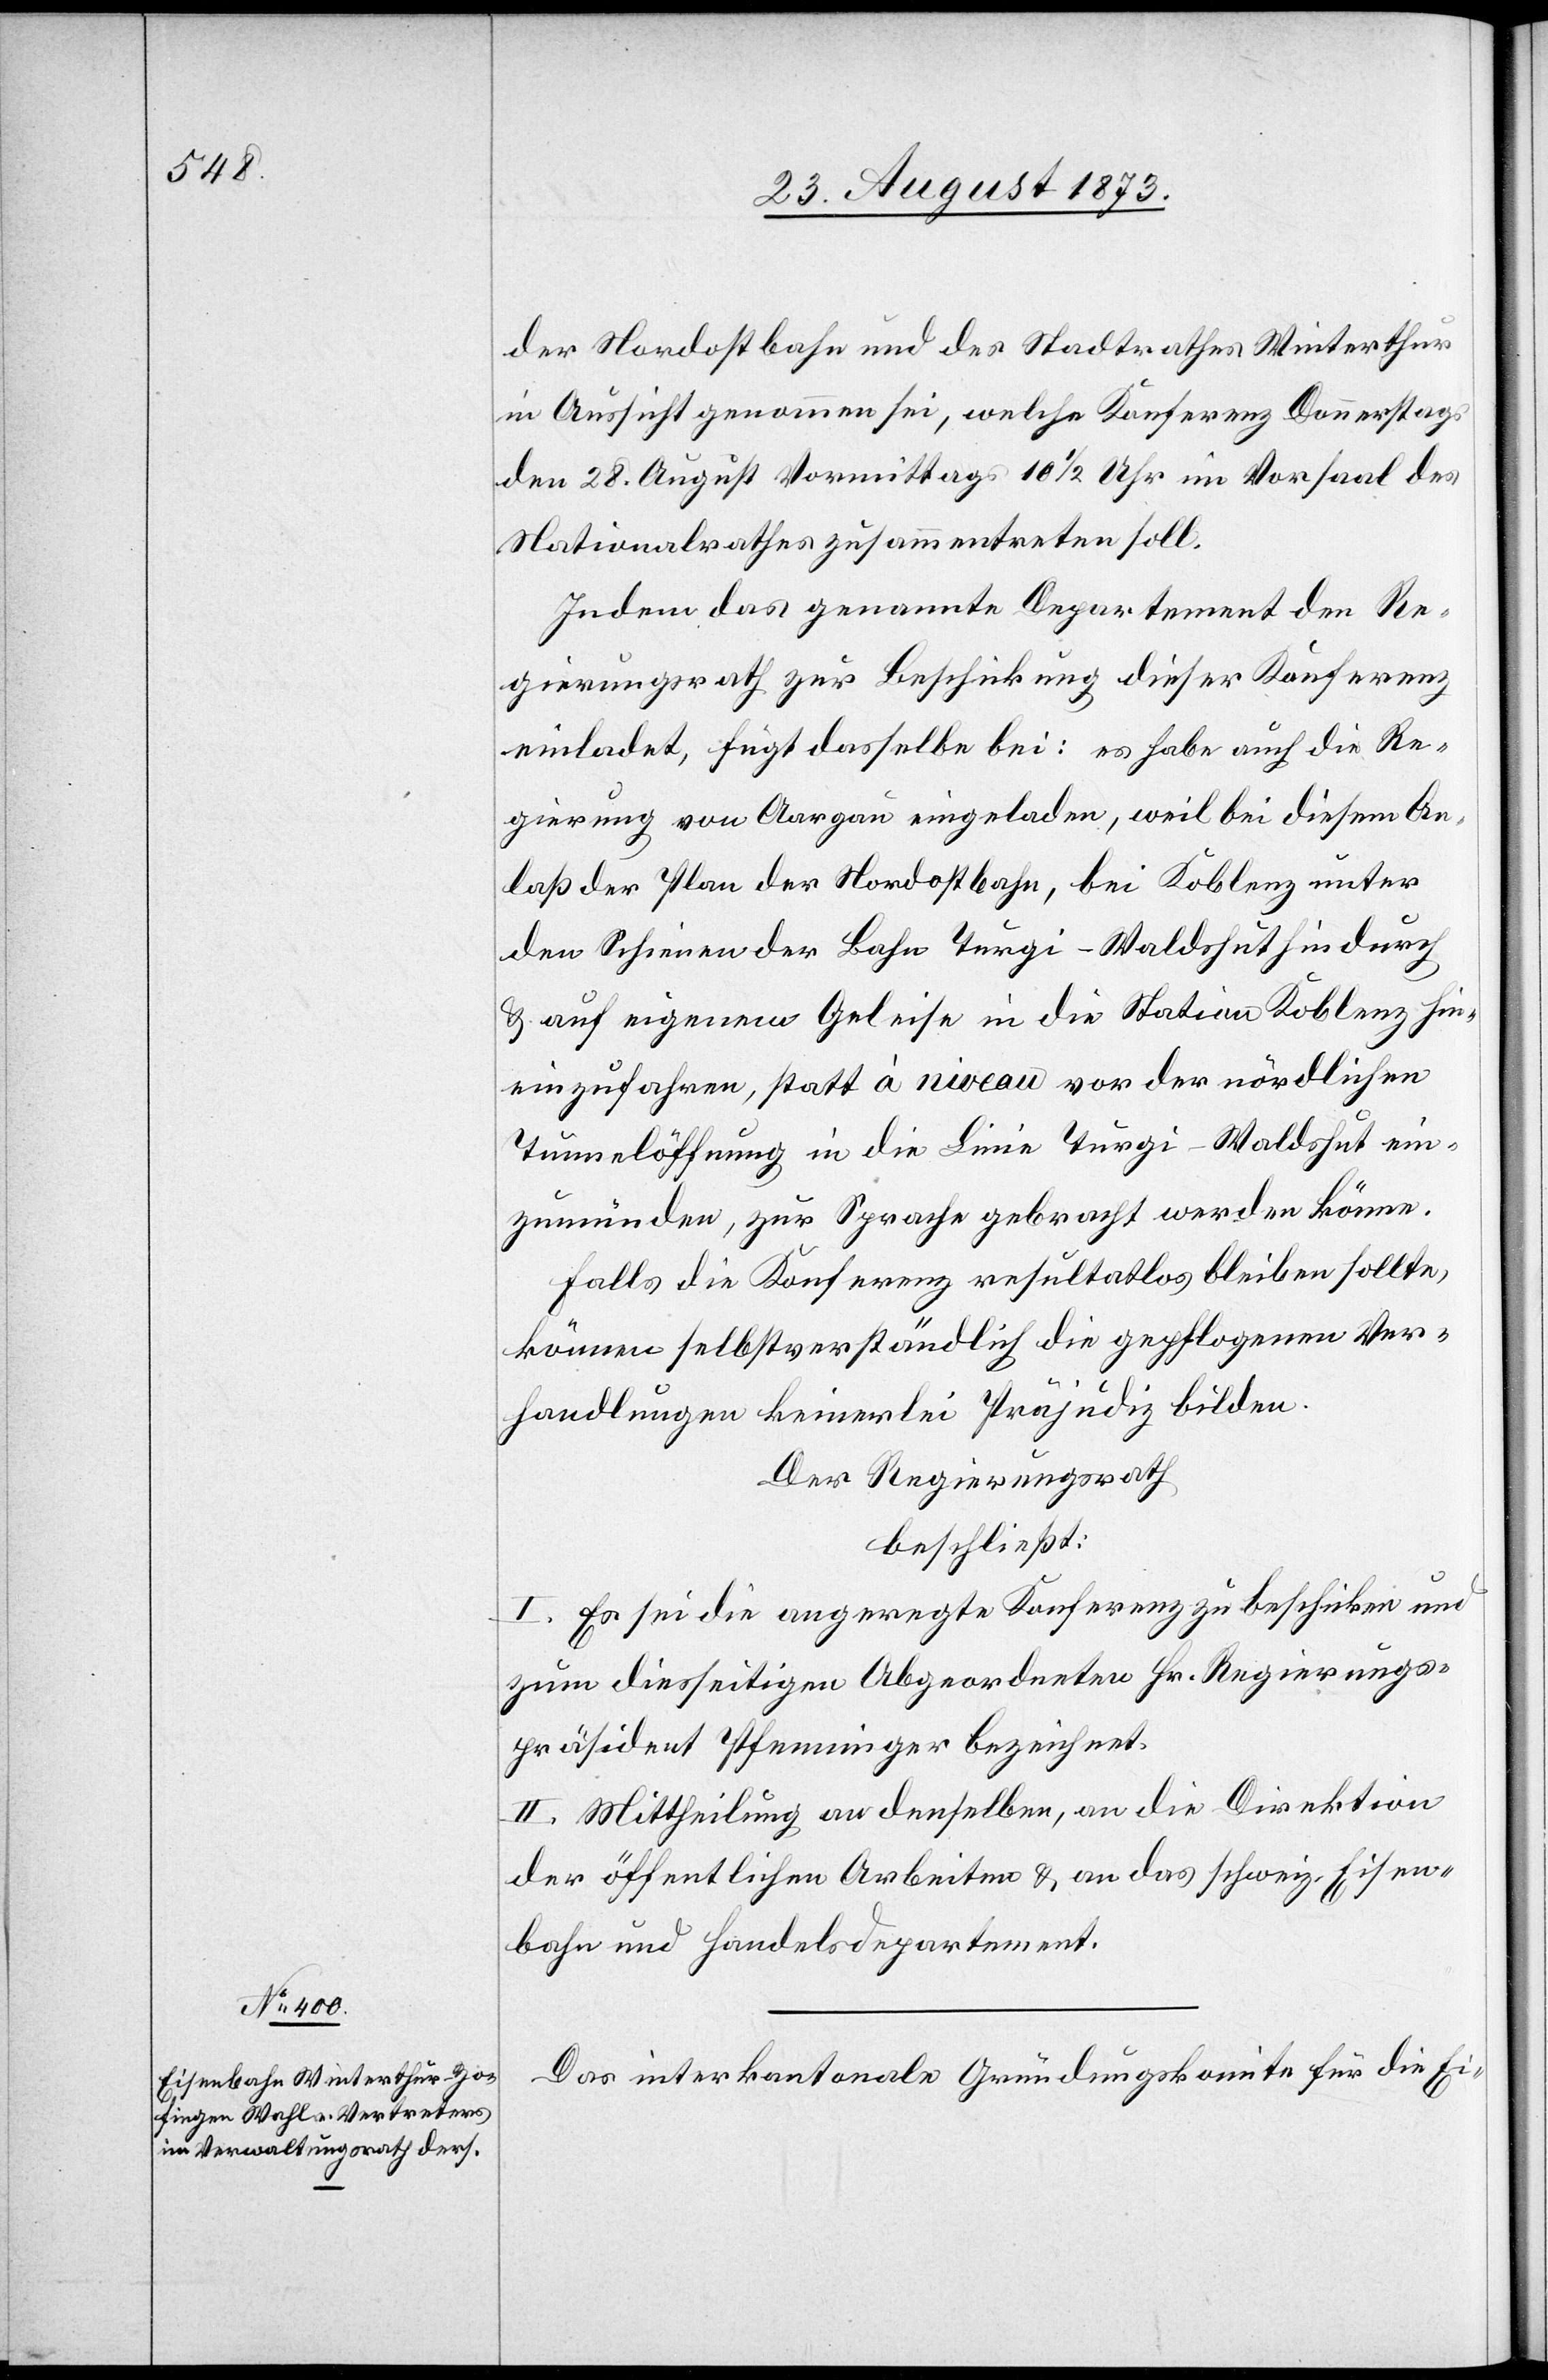
der Nordostbahn und des Stadtrathes Winterthur
in Aussicht genommen sei, welche Konferenz Donnerstags
den 28. August Vormittags 10 1/2 Uhr im Vorsaal des
Nationalrathes zusammentreten soll.
Indem das genannte Departement den Re¬
gierungsrath zur Beschickung dieser Konferenz
einladet, fügt dasselbe bei: es habe auch die Re¬
gierung von Aargau eingeladen, weil bei diesem An¬
laß der Plan der Nordostbahn, bei Koblenz unter
den Schienen der Bahn Turgi–Waldshut hindurch
& auf eigenem Geleise in die Station Koblenz hin¬
einzufahren, statt à niveau vor der nördlichen
Tunnelöffnung in die Linie Turgi–Waldshut ein¬
zumünden, zur Sprache gebracht werden könne.
Falls die Konferenz resultatlos bleiben sollte,
können selbstverständlich die gepflogenen Ver¬
handlungen keinerlei Präjudiz bilden.
Der Regierungsrath
beschließt:
I. Es sei die angeregte Konferenz zu beschicken und
zum diesseitigen Abgeordneten Hr. Regierungs¬
präsident Pfenninger bezeichnet.
II. Mittheilung an denselben, an die Direktion
der öffentlichen Arbeiten & an das schweiz. Eisen¬
bahn und Handelsdepartement.
Das interkantonale Gründungskomite für die Ei-